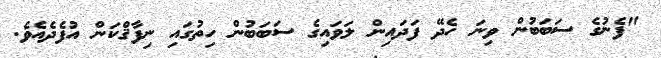
"ފެނުގެ ސަބަބުން ވިނަ ހެދޭ ފަދައިން ލަވައިގެ ސަބަބުން ހިތުގައި ނިފާޤްކަން އުފެދެއެވެ.